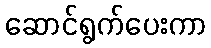
ဆောင်ရွက်ပေးကာ